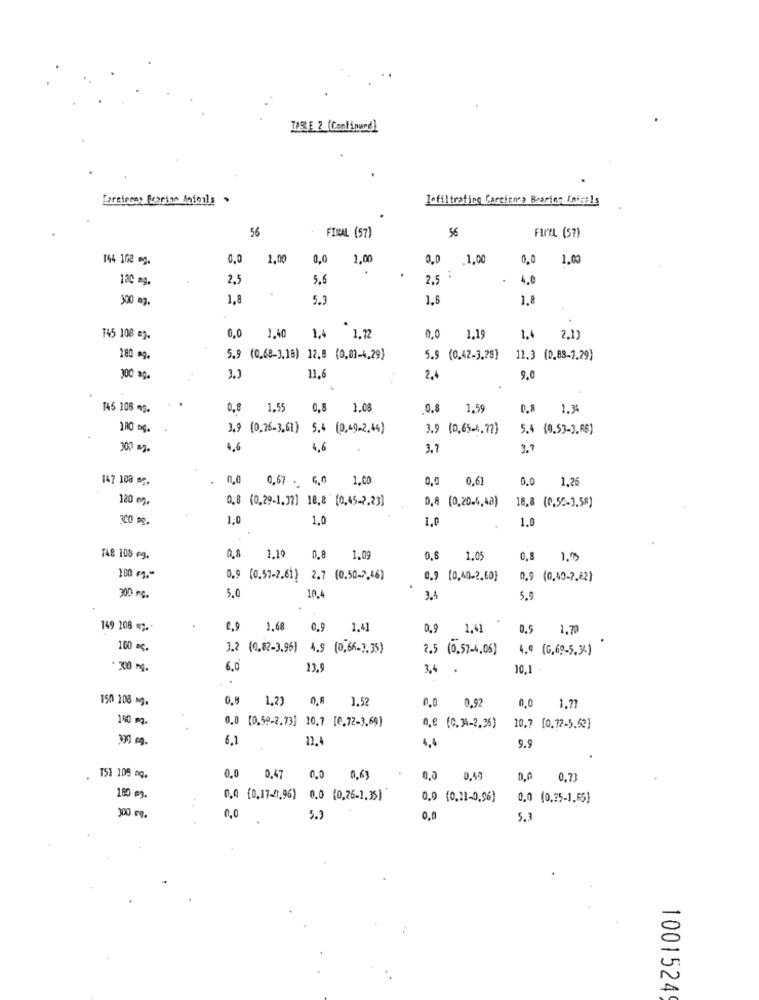
TIBLE 2 (Continund)
[areiness Searian Anieils .
Lofiltrating Carcinnes Bearing Aniaels
56
FINAL (57)
56
FINAL (57)
144 108 mg.
0,0
2,00
0,0
1,00
0 .1,00
0,0
1.0
120 mg.
2.5
5,6
2.5
4.0
300 mg.
1.8
5.3
1.6
1.8
0,0
T45 108 ag.
1,40
1,4 1,72
0,0
1.19
1.4
2.1
180 mg.
5.9 (0,68-3,18) 12,8 (0,01-4,29)
5.9 (0.42-3,28)
11.3 (0.88-7.79)
300 ag.
3.3
11.6
2.4
9.0
.
146 108 mg.
0,8
1.55
0,8
1.08
0.8 1,59
0.8 1.34
180 og.
3.9 (0.76-3,61) 5.4 (0,49.2.44)
3.9 (0,65.4,77)
5.4 (0,53-3.68)
300 mg.
4.6
4,6
3.7
3.7
147 100 mg.
0,0 0,67 . G,0 1.00
0.0
0,61
0.0
1.26
120 mg.
0,8 (0,29-1,37] 18,8 [0,45-2.23)
D.R (0,20.4,42)
18,8 (0,52-3.58)
300 g.
1,0
1,0
1,0
1.0
T48 108 eg.
0,8 1,19
0.8
1.09
0,6
1.05
0,8
1.5
100 m .-
0.9 (0.57-2.61) 2.7 (0.50-7,46)
0.9 (0,40-2,60}
0,9 (0,40-7.62)
300 mg.
5.0
10.4
3.4
5.9
149 108 ;..
0.9
1.68
0.9
1.41
0,9
1,41
0.5
1.79
100 гр.
3.2 (0,82-3.96) 4.9 (0,66-3,35)
2.5 (0,57-4,06)
4.0 (G,69-5,34)
. 300 mg.
6.0
13.9
3.4 .
10,1 -
150 208 g.
0.8
1.29
0,8 3.52
0,0
0,0
0,92
1.77
150 m.
0,8 [0,59-2,73] 10,7 [0,72-3,69)
n.e (c. 34-2,25)
10.7 [0.72-5.62]
390 m.
6,1
12.4
4,4
9.9
T51 108 ng.
0.0 0,47 0,0
0,63
0,0
0,0
0.73
100 m.
0.0 (0,17-0,96) 0,0 (0,26-1,35)
0.0 (0,21-0,96)
0,0 (0,25-1,65)
0.0
300 mq.
5.3
0,0
5.3
10015249